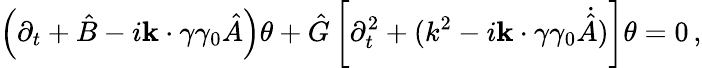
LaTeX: \left(\partial_{t}+{\hat{B}}-i{\mathbf k\cdot\gamma}\gamma_{0}{\hat{A}}\right)\theta+{\hat{G}}\left[\partial_{t}^{2}+(k^{2}-i{\mathbf k\cdot\gamma}\gamma_{0}\dot{\hat{A}})\right]\theta=0\, ,